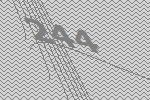
244